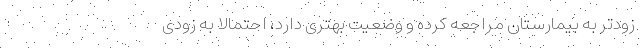
زودتر به بیمارستان مراجعه کرده و وضعیت بهتری دارد، احتمالا به زودی